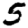
Digit: 5